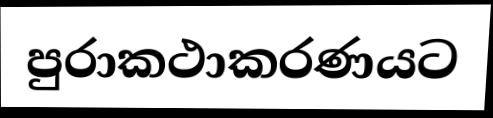
පුරාකථාකරණයට